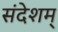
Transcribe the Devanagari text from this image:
संदेशम्